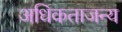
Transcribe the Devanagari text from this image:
अधिकताजन्य